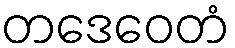
တဒေဝေတံ